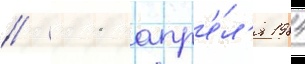
// 11 апр'е́л'я 1984